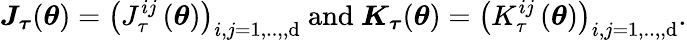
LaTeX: \boldsymbol{J}_{\boldsymbol{\tau}}(\boldsymbol{\theta})=\left(J_{\tau}^{ij}\left(\boldsymbol{\theta}\right)\right)_{i,j=1,..,,\mathrm{d}}\mathrm{{~an\mathrm{d}~}}\boldsymbol{K}_{\boldsymbol{\tau}}(\boldsymbol{\theta})=\left(K_{\tau}^{ij}\left(\boldsymbol{\theta}\right)\right)_{i,j=1,..,,\mathrm{d}}.